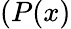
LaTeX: (P(x)